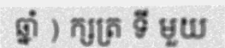
ឆ្នាំ ) ក្សត្រ ទី មួយ